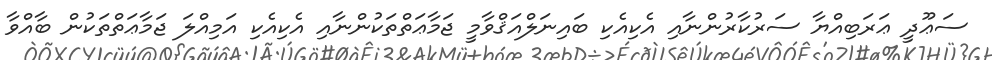
ސަޢޫދީ ޢަރަބިއްޔާ ސަރުކާރުންނާއި އެކިއެކި ބައިނަލްއަޤްވާމީ ޖަމާޢަތްތަކުންނާއި އެކިއެކި އަމިއްލަ ޖަމާޢަތްތަކުން ބާއްވާ